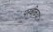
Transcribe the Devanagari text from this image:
परवीकया